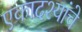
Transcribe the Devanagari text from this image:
एकादश्यांचे